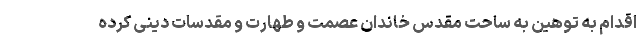
اقدام به توهین به ساحت مقدس خاندان عصمت و طهارت و مقدسات دینی کرده